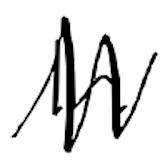
Text: In
Cross-out: zig-zag
Writing tool: digital_black